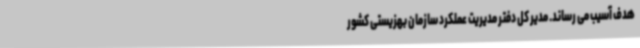
هدف آسیب می رساند. مدیر کل دفتر مدیریت عملکرد سازمان بهزیستی کشور